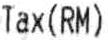
TAX(RM)